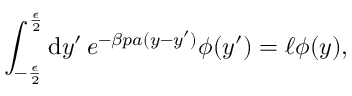
\int _ { - \frac { \epsilon } { 2 } } ^ { \frac { \epsilon } { 2 } } \mathrm { d } y ^ { \prime } \, e ^ { - \beta p a ( y - y ^ { \prime } ) } \phi ( y ^ { \prime } ) = \ell \phi ( y ) ,